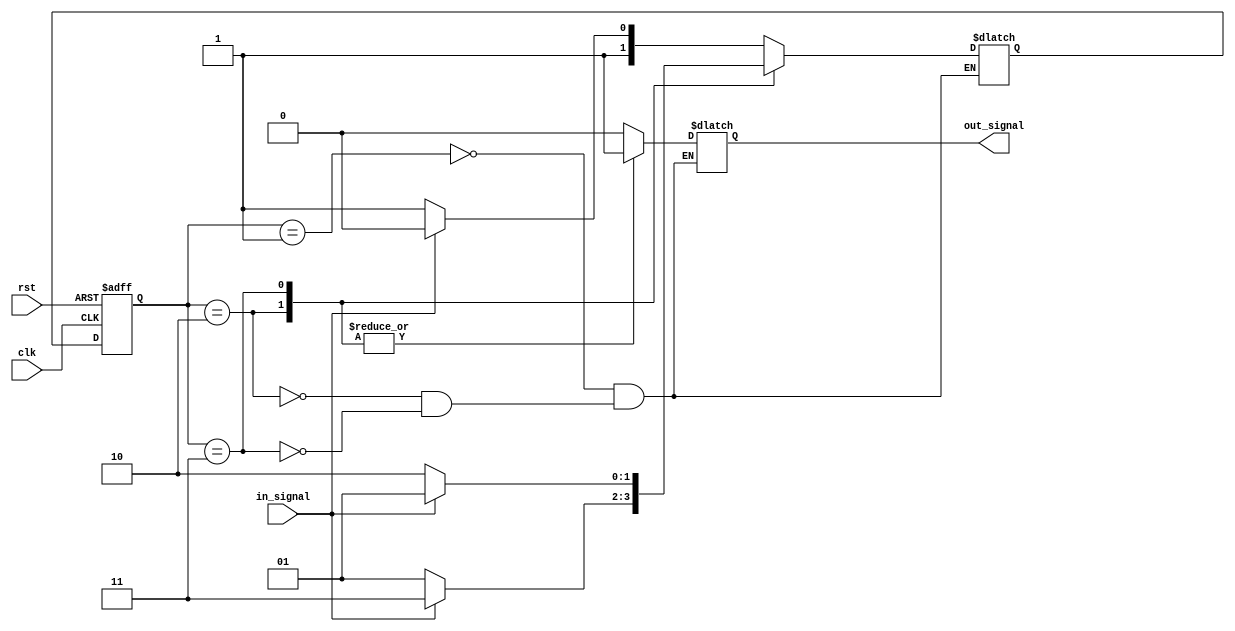
module fsm (
    input clk,
    input rst,
    input in_signal,
    output reg out_signal
);

// State definitions
parameter stateA = 1;
parameter stateB = 2;
parameter stateC = 3;

// State register
reg [1:0] state_reg, next_state;

// Output logic
always @(*) begin
    case (state_reg)
        stateA: begin
            // State A logic
            if (in_signal) begin
                next_state = stateB;
            end else begin
                next_state = stateC;
            end
            out_signal = 0; // Output for state A
        end
        
        stateB: begin
            // State B logic
            if (in_signal) begin
                next_state = stateC;
            end else begin
                next_state = stateA;
            end
            out_signal = 1; // Output for state B
        end
        
        stateC: begin
            // State C logic
            if (in_signal) begin
                next_state = stateA;
            end else begin
                next_state = stateB;
            end
            out_signal = 1; // Output for state C
        end
    endcase
end

// State transition
always @(posedge clk or posedge rst) begin
    if (rst) begin
        state_reg <= stateA;
    end else begin
        state_reg <= next_state;
    end
end

endmodule